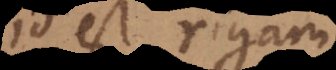
id est rigam